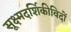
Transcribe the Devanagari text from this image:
सूक्ष्मदर्शिकीविदों